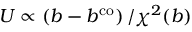
U \propto \left( b - b ^ { \mathrm { c o } } \right) / \chi ^ { 2 } ( b )